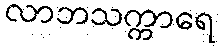
လာဘသက္ကာရေ